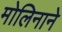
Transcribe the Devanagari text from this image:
मोलिनाने